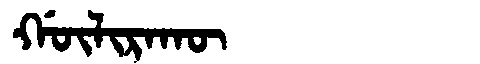
Manchu: ᡤᡡᠯᡳᡵᠠᡴᡡ
Romanization: GŪLIRAKŪ